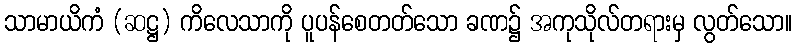
သာမာယိကံ (ဆဋ္ဌ) ကိလေသာကို ပူပန်စေတတ်သော ခဏ၌ အကုသိုလ်တရားမှ လွတ်သော။